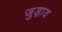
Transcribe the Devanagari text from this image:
जुड़ा़व